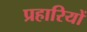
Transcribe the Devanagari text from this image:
प्रहारियों